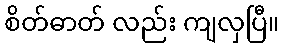
စိတ်ဓာတ် လည်း ကျလှပြီ။